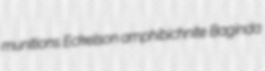
munitions Eckelson amphibichnite Baginda